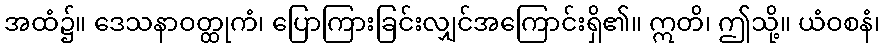
အထံ၌။ ဒေသနာဝတ္ထုကံ၊ ပြောကြားခြင်းလျှင်အကြောင်းရှိ၏။ ဣတိ၊ ဤသို့။ ယံဝစနံ၊